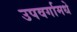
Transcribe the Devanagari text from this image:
उपवर्गामधे